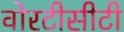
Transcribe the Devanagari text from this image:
वोरटीसीटी